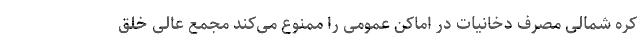
کره شمالی مصرف دخانیات در اماکن عمومی را ممنوع می‌کند مجمع عالی خلق